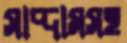
সাদ্দামসহ